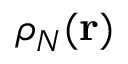
\rho _ { N } ( \mathbf { r } )